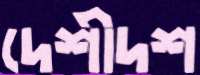
দেশীদশ